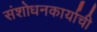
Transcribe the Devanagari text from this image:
संशोधनकार्याची